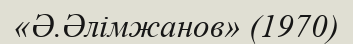
«Ә.Әлімжанов» (1970)